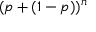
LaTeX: ( p + ( 1 - p ) ) ^ { n }